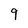
Character: 9